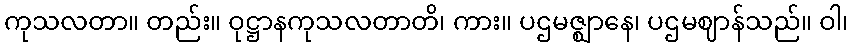
ကုသလတာ။ တည်း။ ဝုဋ္ဌာနကုသလတာတိ၊ ကား။ ပဌမဇ္ဈာနေ၊ ပဌမဈာန်သည်။ ဝါ၊